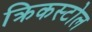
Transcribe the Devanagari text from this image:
क्रिकस्टोल